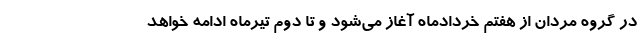
در گروه مردان از هفتم خردادماه آغاز می‌شود و تا دوم تیرماه ادامه خواهد